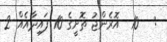
:   10  އޮރެންޖު ތޮށީގެ 10 ފައިދާއެއް 2